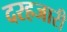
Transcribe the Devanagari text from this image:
दरहजारी